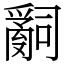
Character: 𤔲